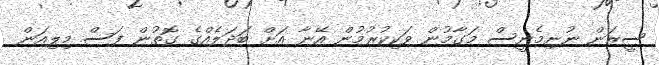
ސީޒަން ނުނިމެނީސް މަގާމުން ވަކިކުރުމުން އޭނާ އަށް ބަދަލެއްގެ ގޮތުން ފަސް މިލިއަން